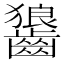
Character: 𮯏